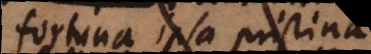
fortuna ipsa pristina